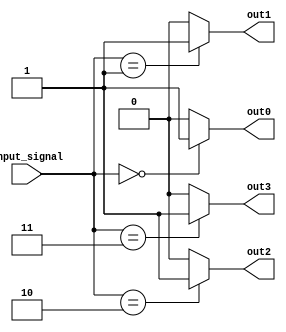
module Decoder(
    input [2:0] input_signal,
    output reg out0,
    output reg out1,
    output reg out2,
    output reg out3
);

always @(*)
begin
    case(input_signal)
        3'b000: begin // Condition for input signal 000
            out0 = 1;
            out1 = 0;
            out2 = 0;
            out3 = 0;
        end
        3'b001: begin // Condition for input signal 001
            out0 = 0;
            out1 = 1;
            out2 = 0;
            out3 = 0;
        end
        3'b010: begin // Condition for input signal 010
            out0 = 0;
            out1 = 0;
            out2 = 1;
            out3 = 0;
        end
        3'b011: begin // Condition for input signal 011
            out0 = 0;
            out1 = 0;
            out2 = 0;
            out3 = 1;
        end
        default: begin // Default condition
            out0 = 0;
            out1 = 0;
            out2 = 0;
            out3 = 0;
        end
    endcase
end

endmodule